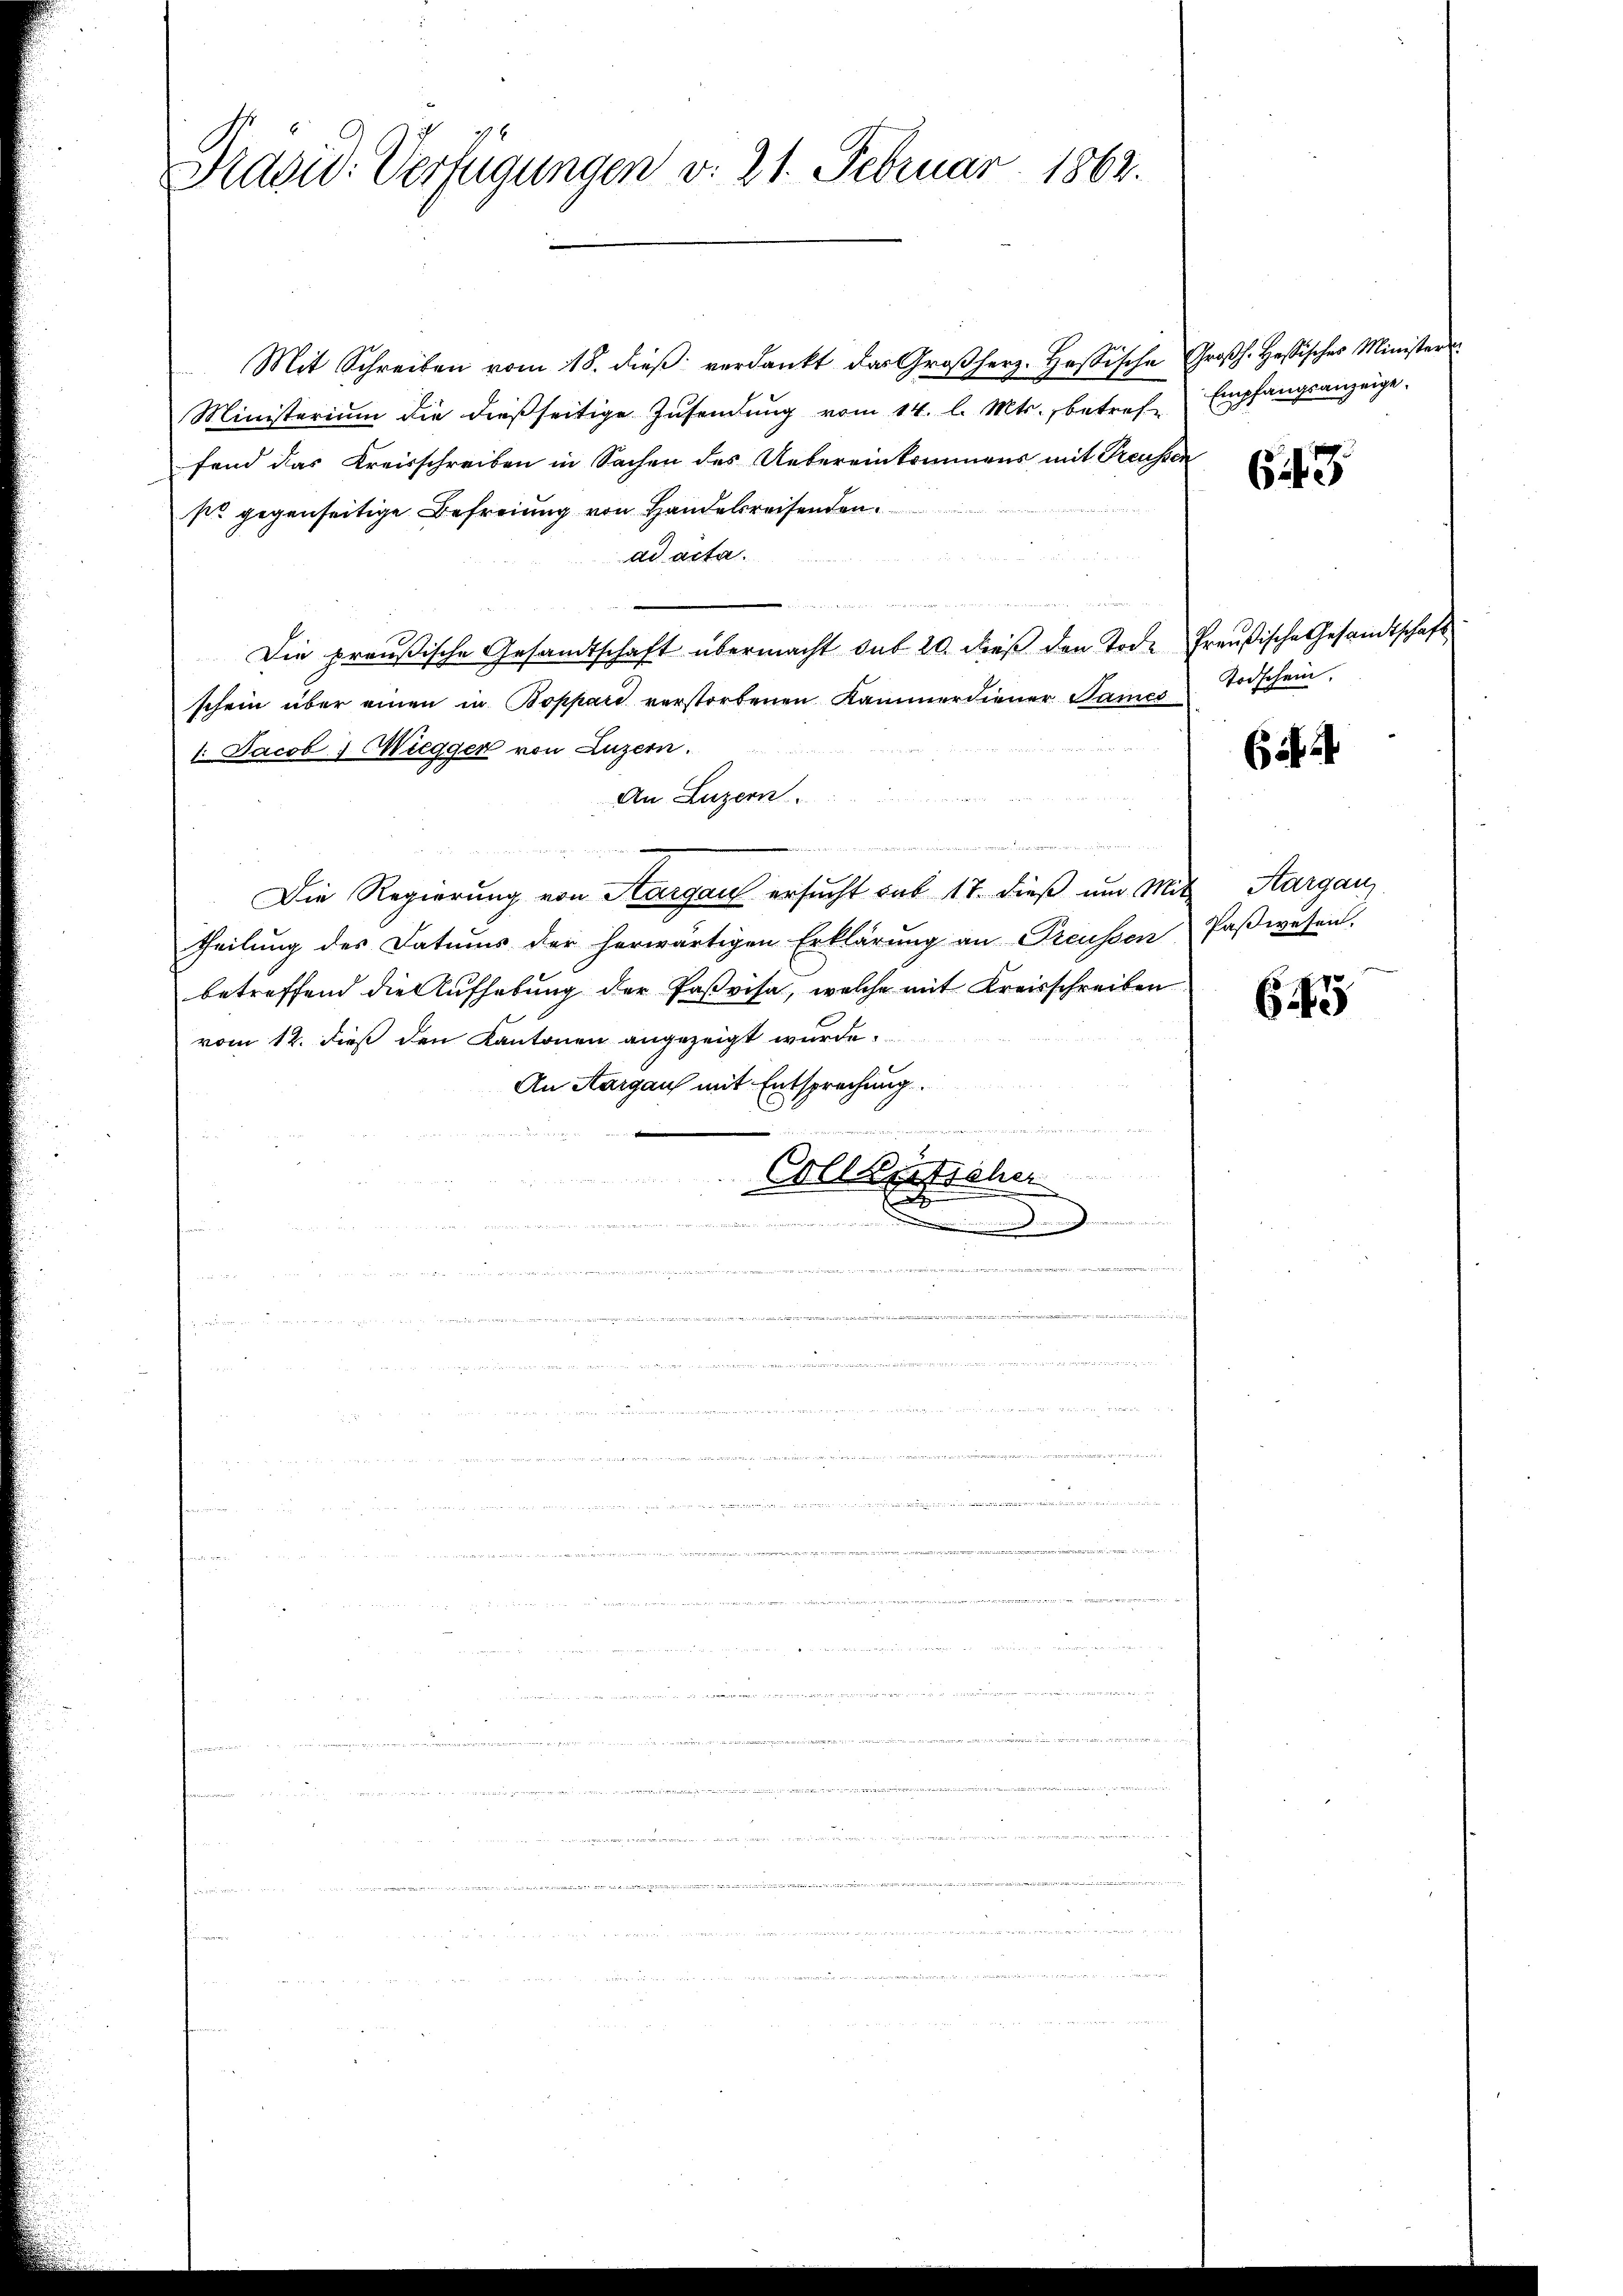
Präsid. Verfügungen v. 21. Februar 1862.

Mit Schreiben vom 18. dieβ verdankt das Großherz-Hosische Großh. Hesisches Ministers
Ministerium die dießseitige Zusendung vom 14. l. Mts., betrefe
fend das Kreisschreiben in Sachen des Uebereinkommens mit Treussen
sr gegenseitige Befreiung von Handelsreisenden.
ad acta.
Die preußische Gesandtschaft übermacht das 20. dieß den Tode Preußische Gesandtschaft
schein über einen in Boppard verstorbenen Kammerdiener Sames
1. Jacob Wiegger von Luzern.
An Luzern.

Die Regierung von Aargau ersucht sub 17. dieß um Mit Aargau,
theilung des Datums der herwärtigen Erklärŭng an Preussen Paβwesen.
betreffend die Aufhebung der Paßvisa, welche mit Kreisschreiben
vom 12. dieß den Kantonen angezeigt wurde.
An Aargaus mit Entsprechung

Collenticher
E
u in einen und man eint.  ..  ..

de das sind, wie er ich de

d
s
u

Empfangsanzeige.

643

Todschein.

656

645